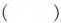
( )